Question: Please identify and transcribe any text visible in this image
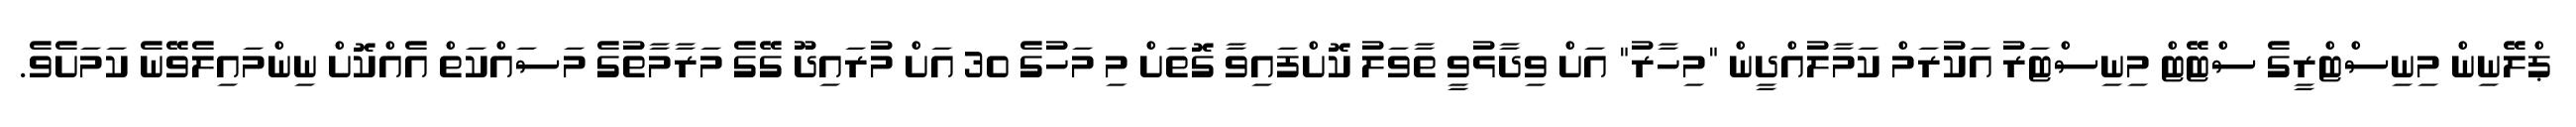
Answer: ޕްލޭނިން މިނިސްޓްރީގެ ސްޓޭޓް މިނިސްޓަރު އަކުރަމް ކަމާލުއްދީން "މިހާރު" އަށް ވިދާޅުވީ ތާވަލު ކޮށްފައިވާ ގޮތަށް މި މަހުގެ 30 އަށް މުރައިދޫ ގޭގެ މަރާމާތުގެ މަސައްކަތް އެއްކޮށް ނިންމައިލެވޭނެ ކަމަށެވެ.